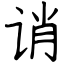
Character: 诮